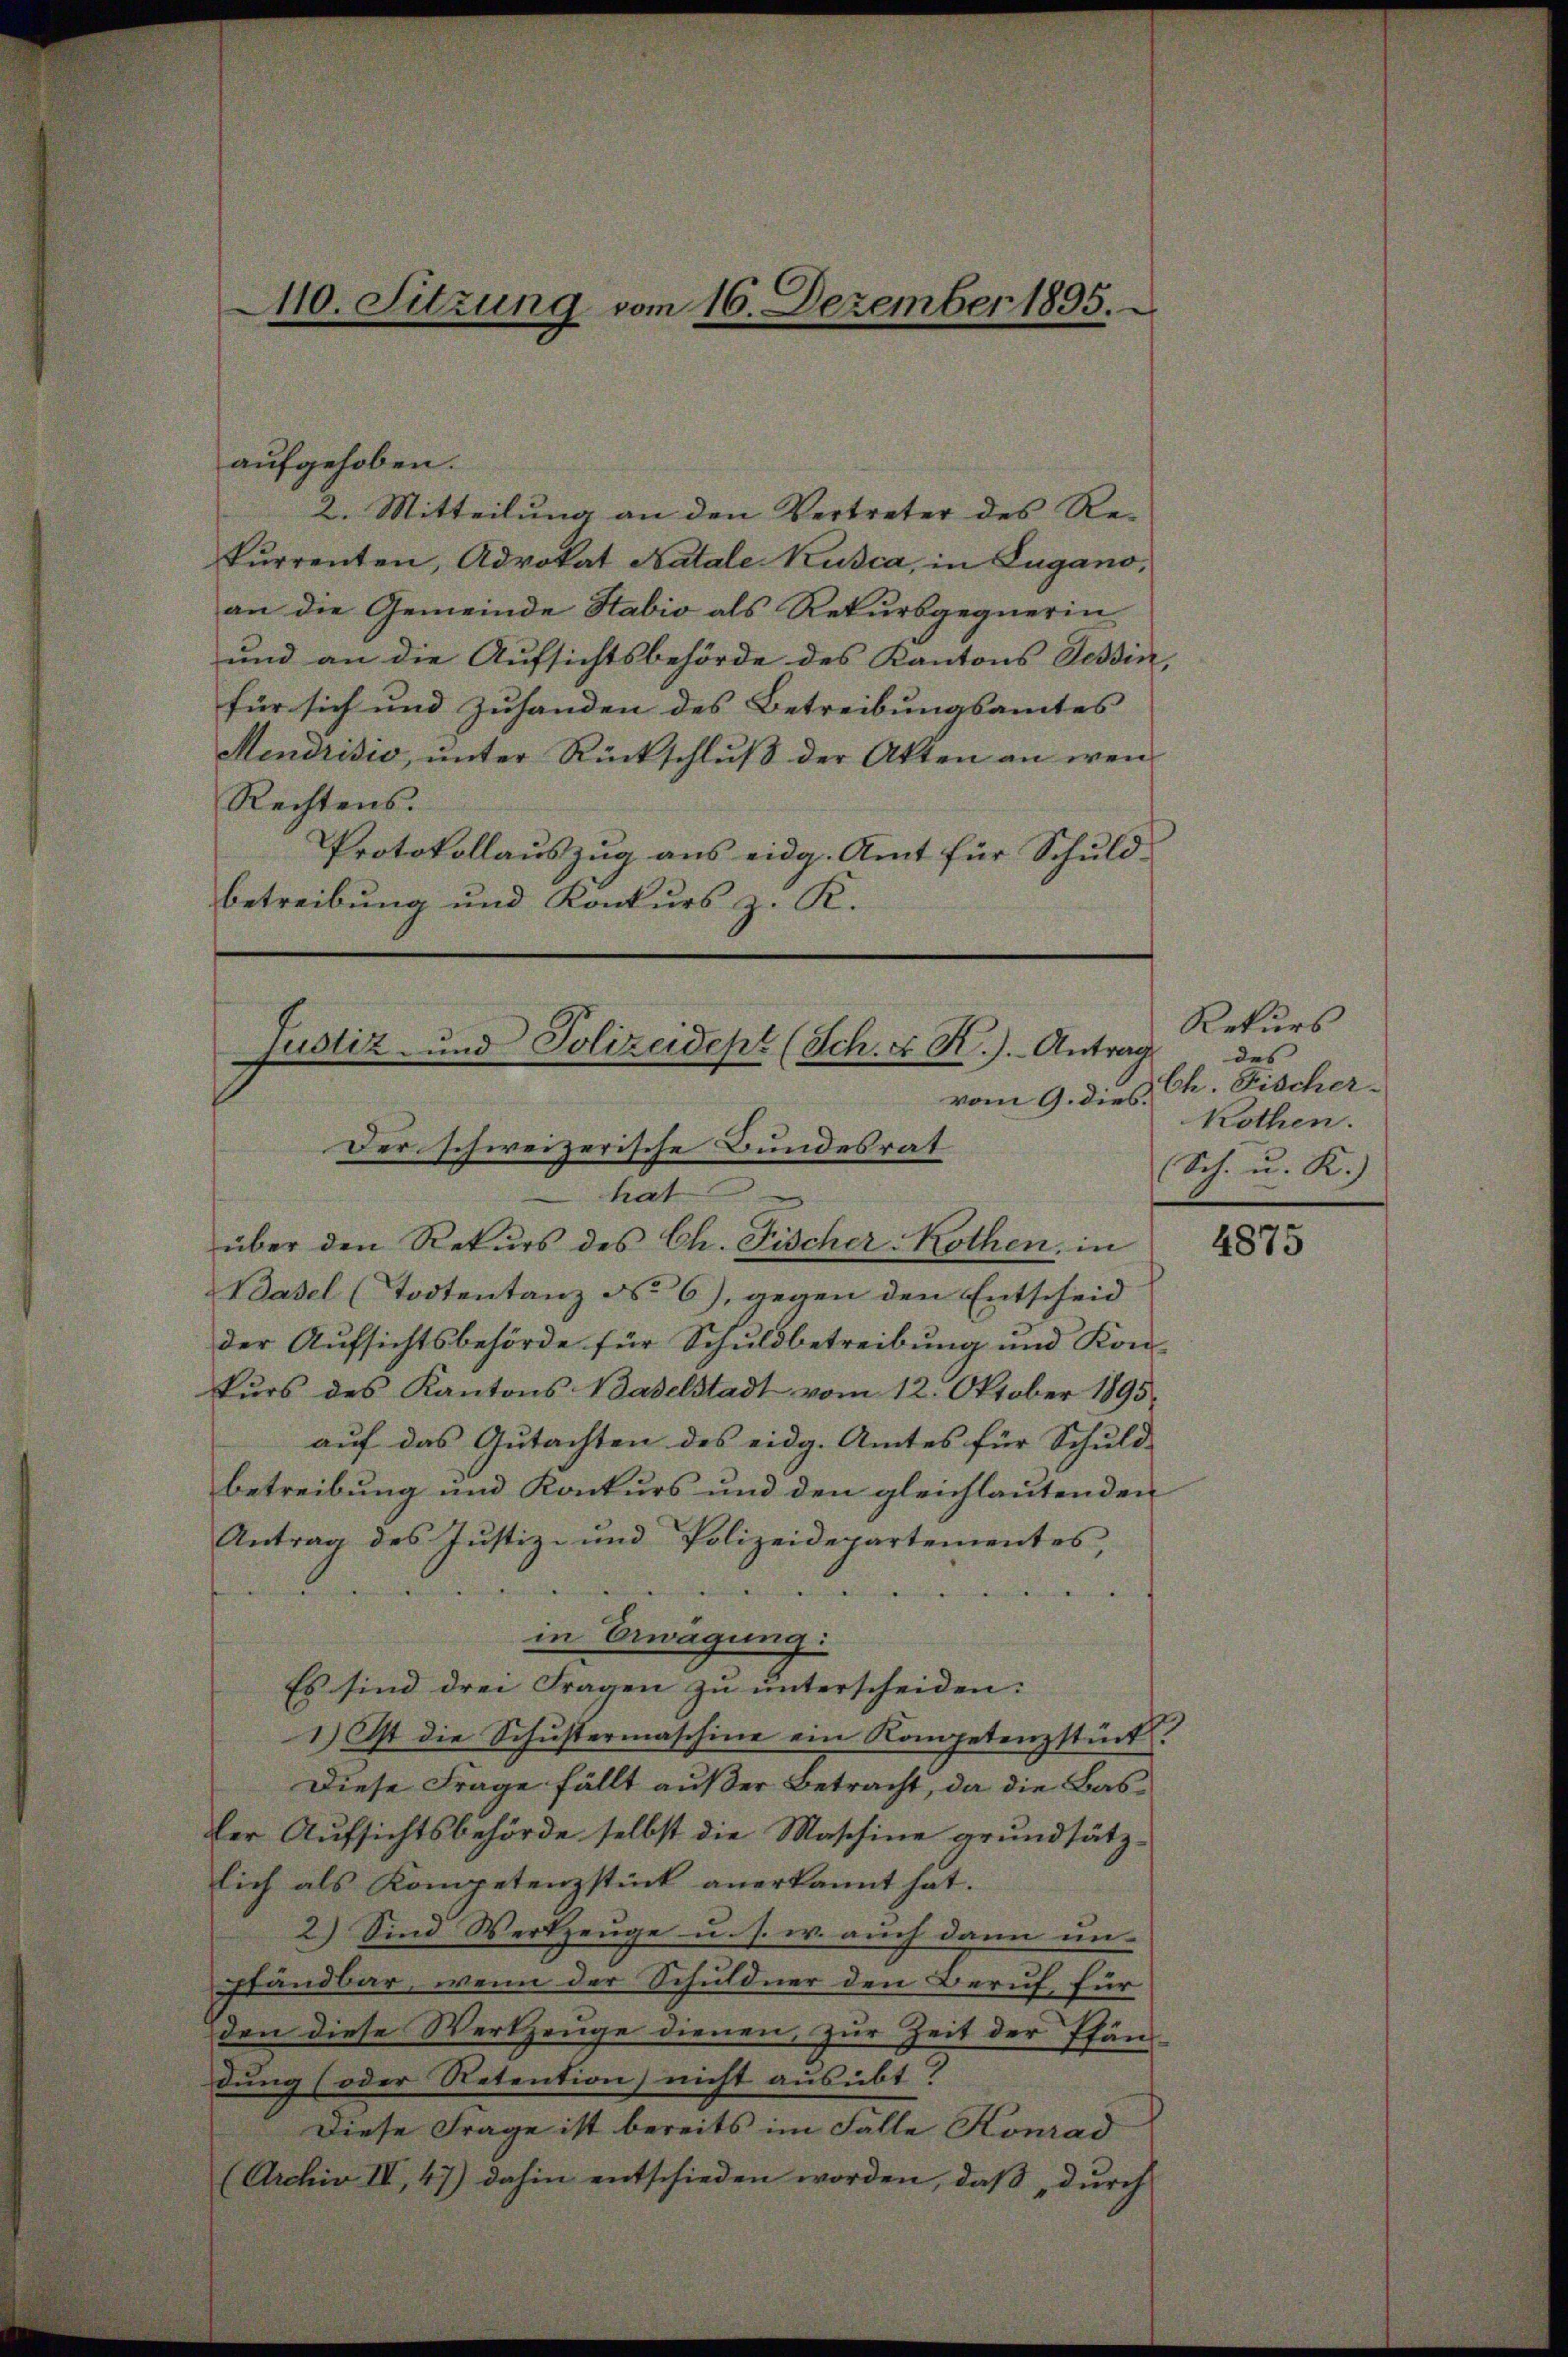
aufgehoben.
2. Mitteilung an den Vertreter des Re-
kurrenten, Advokat Katale Kusca, in Lugano,
an die Gemeinde Habio als Rekursgegnerin
und an die Aufsichtsbehörde des Kantons Tessin,
für sich und Zuhanden des Betreibungsamtes |
Mendrisio, ŭnter Rückschlŭβ der Akten an wen
Rechtens.
Protokollauszug aus eidg. Amt für Schuldbetreibung und Konkurs z. K.

110. Sitzung vom 16. Dezember 1895.

Basel (Todtentanz No 6), gegen den Entscheid
der Aufsichtsbehörde für Schuldbetreibung und Kon-
kŭrs des Kantons Baselstadt vom 12. Oktober 1895.
auf das Gutachten des eidg. Amtes für Schuld- |
betreibung und Konkurs und den gleichlautenden
Antrag des Justiz- und Polizeidepartementes,
ude der
a
in Erwägung:
Es sind drei Fragen zu unterscheiden:
1.) Ist die Schustermaschine ein Kompetenzstück
Diese Frage fällt außer Betracht, da die Basler Aufsichtsbehörde selbst die Maschine grundsätz-
lich als Kompetenzstück anerkannt hat.
2) Sind Werkzeuge u. s. w. auch dann un¬
Pfandbar, wenn der Schuldner den Beruf, für
den diese Werkzeuge dienen, zur Zeit der Pfänd
dung (oder Retention nicht ausübt?
Diese Frage ist bereits im Falle Konrad
(Archiv IV, 47) dahin entschieden worden, daß, durch

Justiz- und Polizeidept (Sch. X R.). Antrag
Der schweizerische Bundesrat
hat
über den Rekurs des Ch. Fischer Rothen, in

vom 9. dies.

Rekurs
des |
Ch. Fischer-
kothen.
Sch. u. K.)

4875